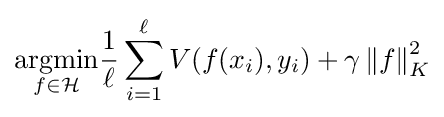
{\underset {f\in {\mathcal {H}}}{\arg \!\min }}{\frac {1}{\ell }}\sum _{i=1}^{\ell }V(f(x_{i}),y_{i})+\gamma \left\|f\right\|_{K}^{2}